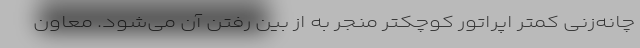
چانه‌زنی کمتر اپراتور کوچکتر منجر به از بین رفتن آن می‌شود. معاون